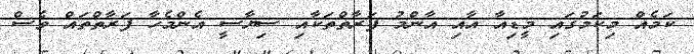
ކަމެއް މިކަމުގައި މީޑިއާ އާއި އާންމު ފަރާތްތަކާއި ސިޔާސީ އެންމެހާ ފަރާތްތައް ވެސް